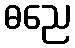
ဓညေ